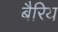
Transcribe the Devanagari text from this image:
बैरिय